Medical and sanitary report of the native army of Bengal for the year
Year: 1874
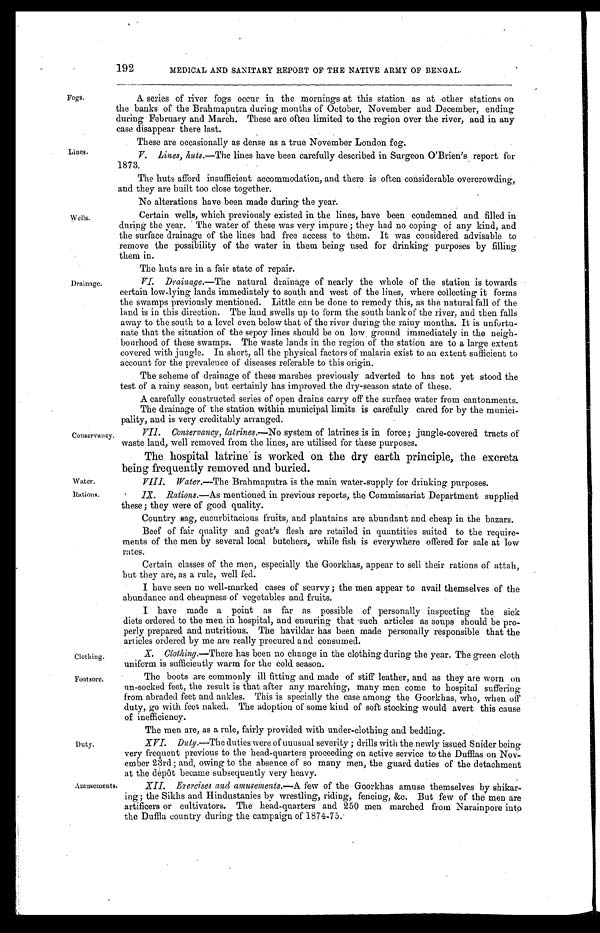
Water.
Rations.
Clothing.
Footsore.
192
Fogs.
Lines.
Wells.
MEDICAL AND SANITARY REPORT OF THE NATIVE ARMY OF BENGAL.
A series of river fogs occur in the mornings at this station as at other stations on
the banks of the Brahmaputra during months of October, November and December, ending
during February and March. These are often limited to the region over the river, and in any
case disappear there last.
These are occasionally as dense as a true November London fog.
V. Lines, huts.— The lines have been carefully described in Surgeon O'Brien's report for
1873.
The huts afford insufficient accommodation, and there is often considerable overcrowding,
and they are built too close together.
No alterations have been made during the year.
Certain wells, which previously existed in the lines, have been condemned and filled in
during the year. The water of these was very impure ; they had no coping of any kind, and
the surface drainage of the lines had free access to them. It was considered advisable to
remove the possibility of the water in them being used for drinking purposes by filling
them in.
The huts are in a fair state of repair.
Drainage.
Conservancy.
Duty.
VI. Drainage.—The natural drainage of nearly the whole of the station is towards
certain low-lying lands immediately to south and west of the lines, where collecting it forms
the swamps previously mentioned. Little can be done to remedy this, as the natural fall of the
land is in this direction. The land swells up to form the south bank of the river, and then falls
away to the south to a level even below that of the river during the rainy months. It is unfortu-
nate that the situation of the sepoy lines should be on low ground immediately in the neigh-
bourhood of these swamps. The waste lands in the region of the station are to a large extent
covered with jungle. In short, all the physical factors of malaria exist to an extent sufficient to
account for the prevalence of diseases referable to this origin.
The scheme of drainage of these marshes previously adverted to has not yet stood the
test of a rainy season, but certainly has improved the dry-season state of these.
A carefully constructed series of open drains carry off the surface water from cantonments.
The drainage of the station within municipal limits is carefully cared for by the munici-
pality, and is very creditably arranged.
VII. Conservancy, latrines.— No system of latrines is in force ; jungle-covered tracts of
waste land, well removed from the lines, are utilised for these purposes.
The hospital latrine is worked on the dry earth principle, the excreta
being frequently removed and buried.
VIII. Water .—The Brahmaputra is the main water-supply for drinking purposes.
IX. Rations.— As mentioned in previous reports, the Commissariat Department supplied
these ; they were of good quality.
Country sag, cucurbitacious fruits, and plantains are abundant and cheap in the bazars.
Beef of fair quality and goat's flesh are retailed in quantities suited to the require-
ments of the men by several local butchers, while fish is everywhere offered for sale at low
rates.
Certain classes of the men, especially the Goorkhas, appear to sell their rations of attah,
but they are, as a rule, well fed.
I have seen no well-marked cases of scurvy ; the men appear to avail themselves of the
abundance and cheapness of vegetables and fruits.
I have made a point as far as possible of personally inspecting the sick
diets ordered to the men in hospital, and ensuring that such articles as soups should be pro-
perly prepared and nutritious. The havildar has been made personally responsible that the
articles ordered by me are really procured and consumed.
X. Clothing.—There has been no change in the clothing during the year. The green cloth
uniform is sufficiently warm for the cold season.
The boots are commonly ill fitting and made of stiff leather, and as they are worn on
un-socked feet, the result is that after any marching, many men come to hospital suffering
from abraded feet and ankles. This is specially the case among the Goorkhas, who, when off
duty, go with feet naked. The adoption of some kind of soft stocking would avert this cause
of inefficiency.
The men are, as a rule, fairly provided with under-clothing and bedding.
XVI. Duty .—The duties were of unusual severity ; drills with the newly issued Snider being
very frequent previous to . the head-quarters proceeding on active service to the Dufflas on Nov-
ember 23rd ; and, owing to the absence of so many men, the guard duties of the detachment
at the depôt became subsequently very heavy.
Amusements.
XII. Exercises and amusements.— A few of the Goorkhas amuse themselves by shikar
ing ; the Sikhs and Hindustanies by wrestling, riding, fencing, &c. But few of the men are
artificers or cultivators. The head-quarters and 250 men marched from Narainpore into
t he Duf f l a c ount r y dur i ng t he c a mpa i gn of 1874- 75.